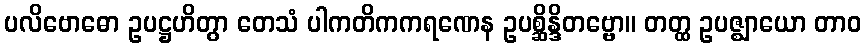
ပလိဗောဓော ဥပဋ္ဌဟိတွာ တေသံ ပါကတိကကရဏေန ဥပစ္ဆိန္ဒိတဗ္ဗော။ တတ္ထ ဥပဇ္ဈာယော တာဝ